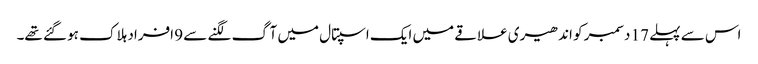
اس سے پہلے 17 دسمبر کو اندھیری علاقے میں ایک اسپتال میں آگ لگنے سے 9 افراد ہلاک ہو گئے تھے۔